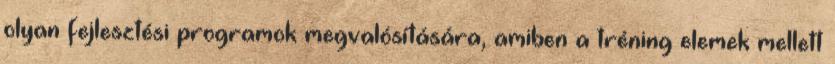
olyan fejlesztési programok megvalósítására, amiben a tréning elemek mellett